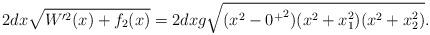
LaTeX: \begin{align*}2dx \sqrt{W'^2(x)+f_2(x)}=2dx g \sqrt{(x^2-{0^+}^2)(x^2+x_1^2)(x^2+x_2^2)}.\end{align*}